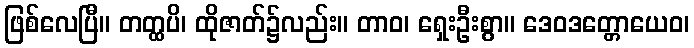
ဖြစ်လေပြီ။ တတ္ထပိ၊ ထိုဇာတ်၌လည်း။ တာဝ၊ ရှေးဦးစွာ။ ဒေဝဒတ္တောယေဝ၊